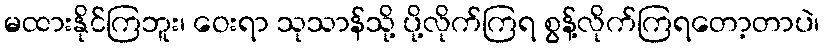
မထားနိုင်ကြဘူး၊ ဝေးရာ သုသာန်သို့ ပို့လိုက်ကြရ စွန့်လိုက်ကြရတော့တာပဲ၊